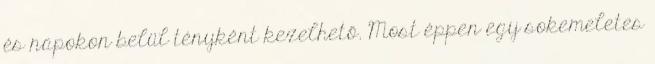
és napokon belül tényként kezelhető. Most éppen egy sokemeletes